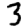
Digit: 3